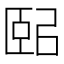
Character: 𦣤